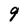
Character: 9